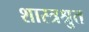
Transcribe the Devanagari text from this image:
शास्त्रश्रुत